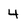
Character: 4